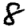
Digit: 8